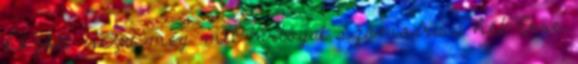
között Nézd meg mit tartogat számodra a hét Erre